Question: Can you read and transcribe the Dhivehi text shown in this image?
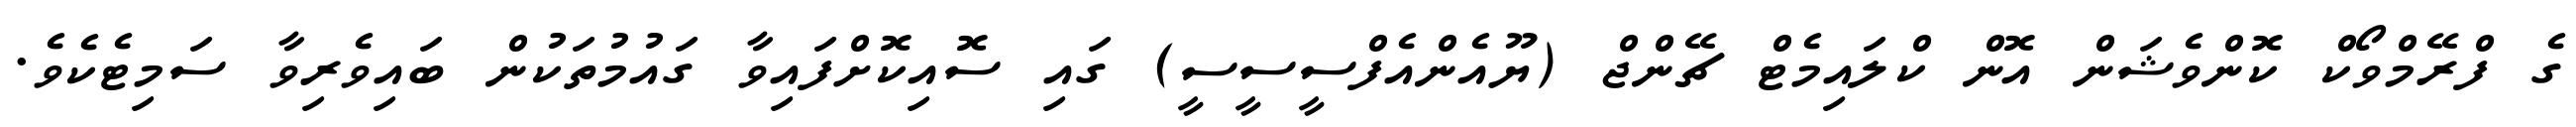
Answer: ގެ ފްރޭމްވޯކް ކޮންވެޝަން އޮން ކްލައިމެޓް ޗޭންޖް (ޔޫއެންއެފްސީސީސީ) ގައި ސޮއިކޮށްފައިވާ ގައުމުތަކުން ބައިވެރިވާ ސަމިޓެކެވެ.